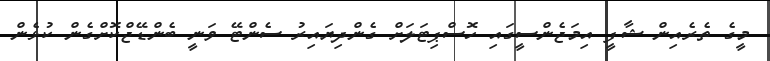
މީގެ ތެރެއިން ޝާފީ އިމަޖެންސީގައި ހޮސްޕިޓަލަށް ގެންދިޔައިރު ސެންޓޭ ވަނީ ބެންޑޭޖްކޮށްގެން ކުޅެން